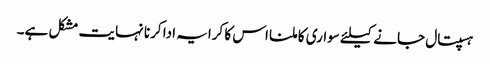
ہسپتال جانے کیلئے سواری کا ملنا اس کا کرایہ ادا کرنا نہایت مشکل ہے۔